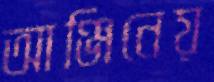
আঞ্জিনেয়